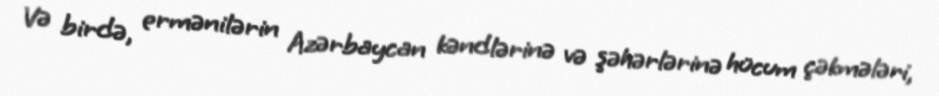
Və birdə, ermənilərin Azərbaycan kəndlərinə və şəhərlərinə hücum çəkmələri,